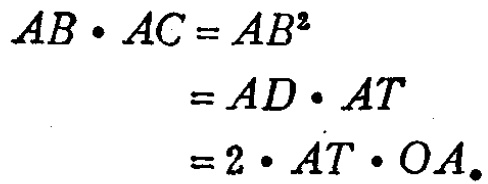
\[
\begin{align*}
AB\cdot AC&=AB^{2}\\
&=AD\cdot AT\\
&=2\cdot AT\cdot OA.
\end{align*}
\]